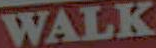
WALK